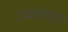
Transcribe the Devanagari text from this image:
उप्भोग्ता